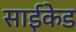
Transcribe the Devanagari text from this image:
साईकेड